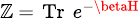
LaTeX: \scriptstyle\mathbb{Z}\ =\ \operatorname{Tr}\ e^{-\betaH}